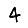
Digit: 4